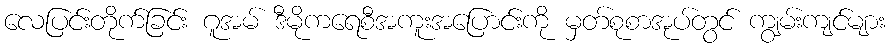
လေပြင်းတိုက်ခြင်း ဂူအမ် ဒီမိုကရေစီအကူးအပြောင်းကို မှတ်စုစာအုပ်တွင် ကျွမ်းကျင်များ